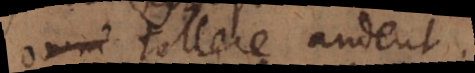
tollere audent.